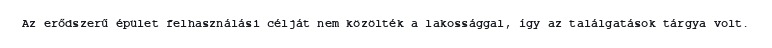
Az erődszerű épület felhasználási célját nem közölték a lakossággal, így az találgatások tárgya volt.